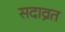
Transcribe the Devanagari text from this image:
सदाव्रत